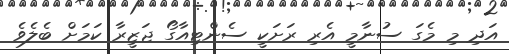
އަދި މި މެގަ ސުނާމީ އެރި ރަށަކީ ސެންޓިއާގޯ ޖަޒީރާ ކަމަށް ބެލެވެ